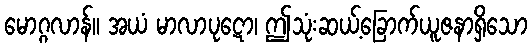
မောဂ္ဂလာန်။ အယံ မာလာပုဋော၊ ဤသုံးဆယ့်ခြောက်ယူဇနာရှိသော